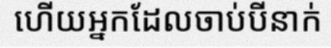
ហើយអ្នកដែលចាប់បីនាក់